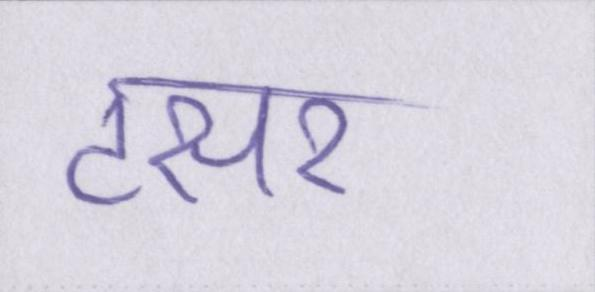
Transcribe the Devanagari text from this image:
टसर